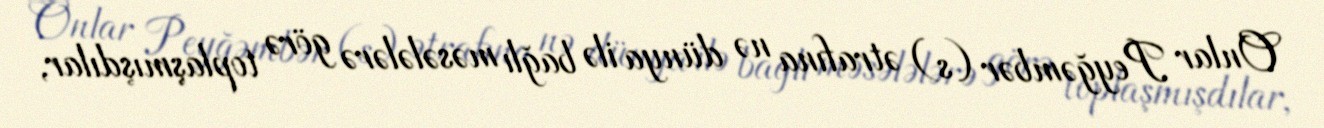
Onlar Peyğəmbər (s) ətrafına nə dünya ilə bağlı məsələlərə görə toplaşmışdılar,